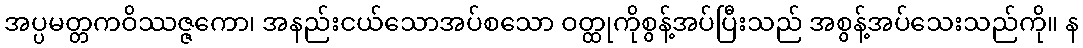
အပ္ပမတ္တကဝိဿဇ္ဇကော၊ အနည်းငယ်သောအပ်စသော ဝတ္ထုကိုစွန့်အပ်ပြီးသည် အစွန့်အပ်သေးသည်ကို။ န